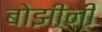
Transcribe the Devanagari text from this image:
बोझीनी